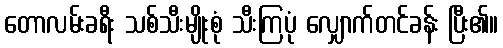
တောလမ်းခရီး သစ်သီးမျိုးစုံ သီးကြပုံ လျှောက်တင်ခန်း ပြီး၏။